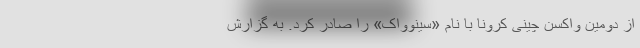
از دومین واکسن چینی کرونا با نام «سینوواک» را صادر کرد. به گزارش